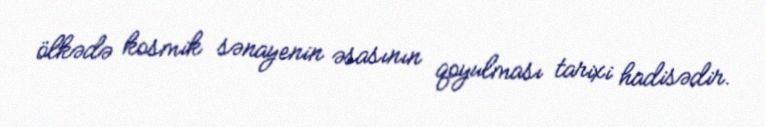
ölkədə kosmik sənayenin əsasının qoyulması tarixi hadisədir.